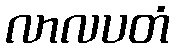
လာလပတံ